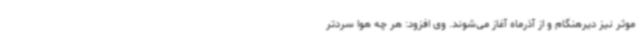
موثر نیز دیرهنگام و از آذرماه آغاز می‌شوند. وی افزود: هر چه هوا سردتر